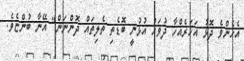
އެހެންވެ ދޮޅު އަހަރެއްހާ ދުވަހު އުޅުނީ ބޮޑެތި ތެލިތައް ދޮންނަން" އޭނާ ބުންޏެވެ.